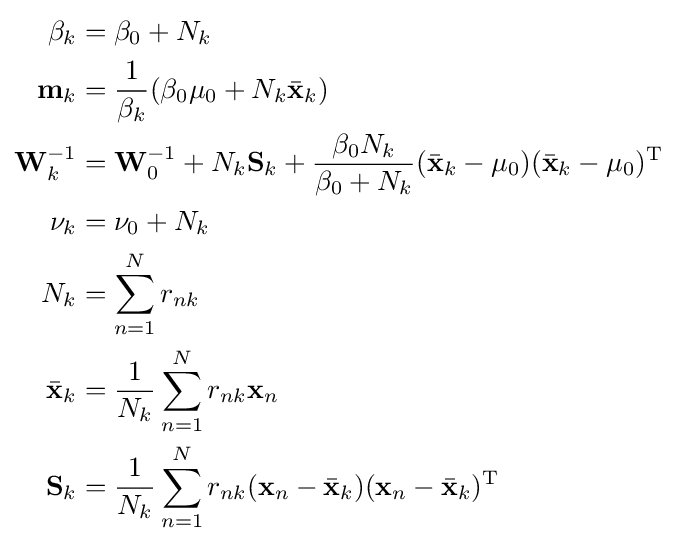
{\begin{aligned}\beta _{k}&=\beta _{0}+N_{k}\\\mathbf {m} _{k}&={\frac {1}{\beta _{k}}}(\beta _{0}\mathbf {\mu } _{0}+N_{k}{\bar {\mathbf {x} }}_{k})\\\mathbf {W} _{k}^{-1}&=\mathbf {W} _{0}^{-1}+N_{k}\mathbf {S} _{k}+{\frac {\beta _{0}N_{k}}{\beta _{0}+N_{k}}}({\bar {\mathbf {x} }}_{k}-\mathbf {\mu } _{0})({\bar {\mathbf {x} }}_{k}-\mathbf {\mu } _{0})^{\rm {T}}\\\nu _{k}&=\nu _{0}+N_{k}\\N_{k}&=\sum _{n=1}^{N}r_{nk}\\{\bar {\mathbf {x} }}_{k}&={\frac {1}{N_{k}}}\sum _{n=1}^{N}r_{nk}\mathbf {x} _{n}\\\mathbf {S} _{k}&={\frac {1}{N_{k}}}\sum _{n=1}^{N}r_{nk}(\mathbf {x} _{n}-{\bar {\mathbf {x} }}_{k})(\mathbf {x} _{n}-{\bar {\mathbf {x} }}_{k})^{\rm {T}}\end{aligned}}